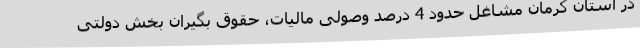
در استان کرمان مشاغل حدود 4 درصد وصولی مالیات، حقوق بگیران بخش دولتی